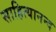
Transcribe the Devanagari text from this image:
साहित्यानन्द